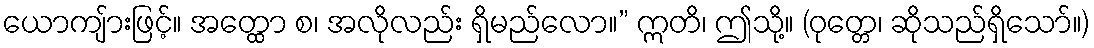
ယောကျ်ားဖြင့်။ အတ္ထော စ၊ အလိုလည်း ရှိမည်လော။” ဣတိ၊ ဤသို့။ (ဝုတ္တေ၊ ဆိုသည်ရှိသော်။)